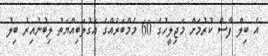
އެ ބިލް ފާސް ކުރުމަށް މަޖިލީހުގެ 60 މެމްބަރެއްގެ އަގުލަބިއްޔަތު ލިބުނުއިރު ބިލު